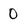
Character: 0